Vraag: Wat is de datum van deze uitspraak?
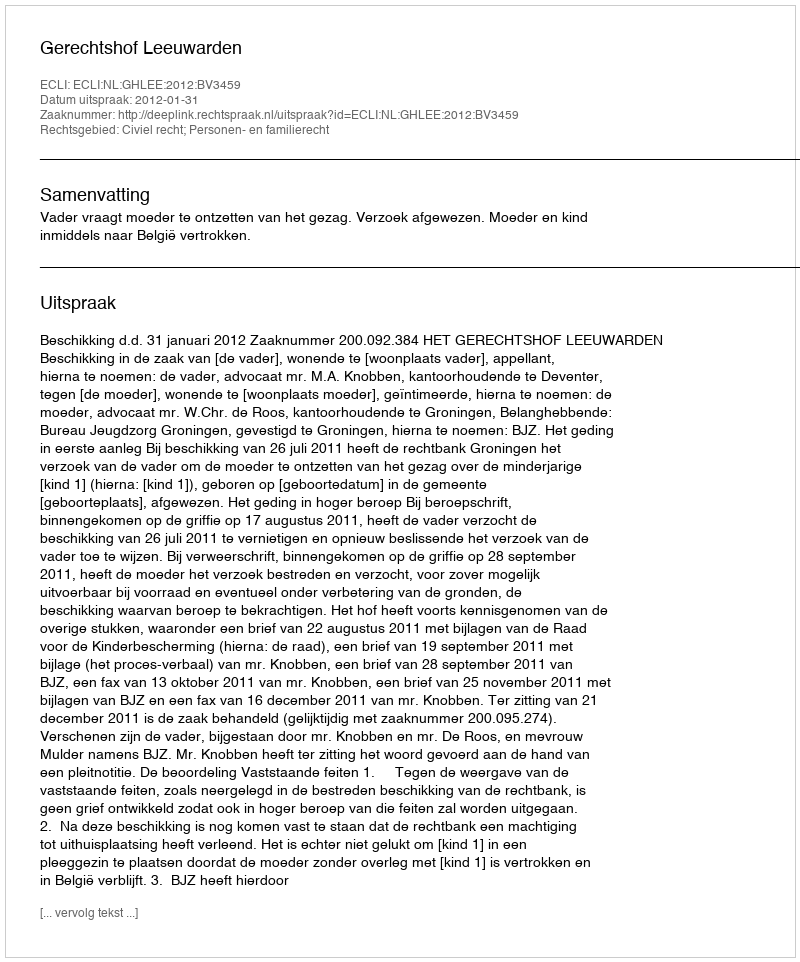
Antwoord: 2012-01-31